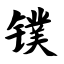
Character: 镤